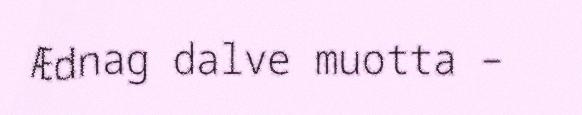
Ædnag dalve muotta –